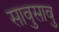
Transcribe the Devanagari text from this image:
सावुसावु